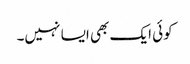
کوئی ایک بھی ایسا نہیں۔